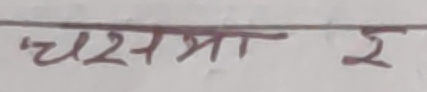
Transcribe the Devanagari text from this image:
चश्मा २